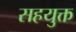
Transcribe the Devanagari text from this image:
सहयुक्त